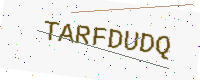
Text: TARFDUDQ